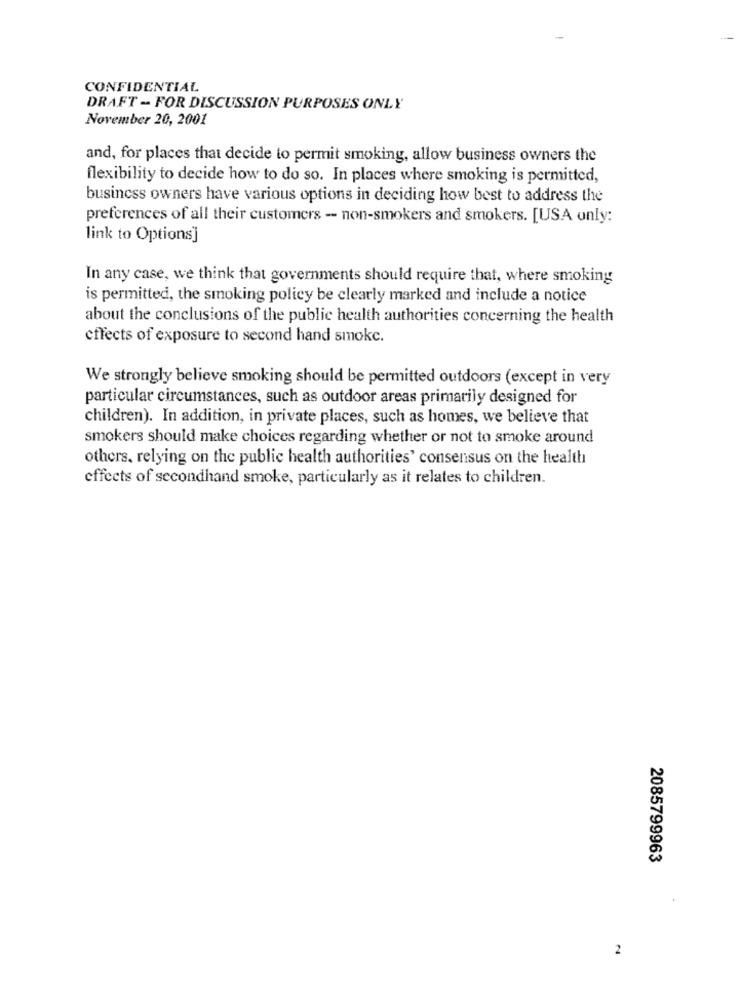
CONFIDENTIAL
DRAFT - FOR DISCUSSION PURPOSES ONLY
November 20, 2001
and, for places that decide to permit smoking, allow business owners the
flexibility to decide how to do so. In places where smoking is permitted,
business owners have various options in deciding how best to address the
preferences of all their customers - non-smokers and smokers. [USA only:
link to Options]
In any case, we think that governments should require that, where smoking
is permitted, the smoking policy be clearly marked and include a notice
about the conclusions of the public health authorities concerning the health
effects of exposure to second hand smoke.
We strongly believe smoking should be permitted outdoors (except in very
particular circumstances, such as outdoor areas primarily designed for
children). In addition, in private places, such as homes, we believe that
smokers should make choices regarding whether or not to smoke around
others, relying on the public health authorities' consensus on the health
effects of secondhand smoke, particularly as it relates to children.
2085799963
2